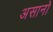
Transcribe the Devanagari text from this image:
असानो